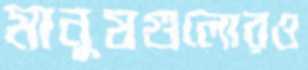
মানুষগুলোরও